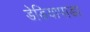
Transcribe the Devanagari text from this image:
डेडियापाडा